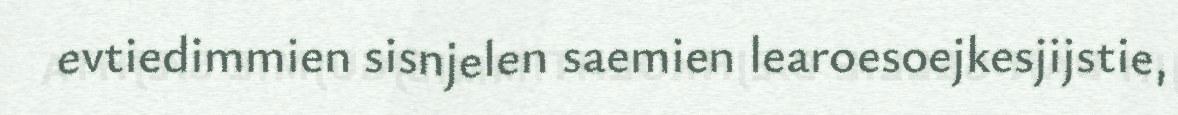
evtiedimmien sisnjelen saemien learoesoejkesjijstie,